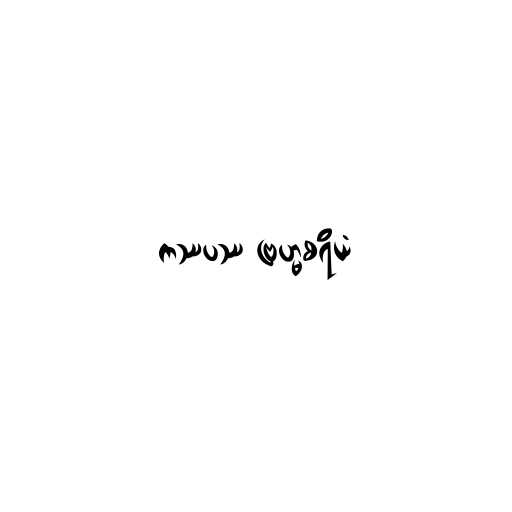
ကဿပဿ ဗြဟ္မစရိယံ